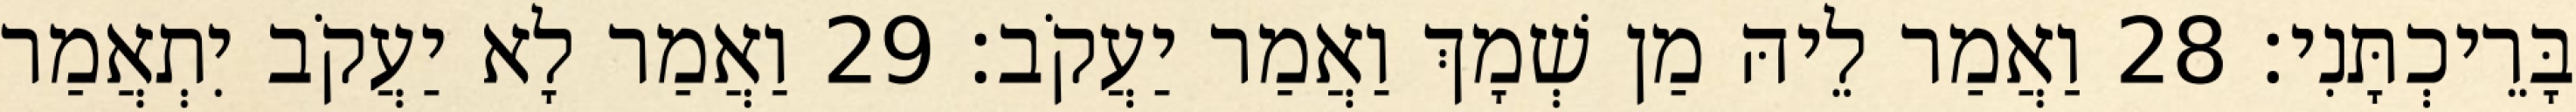
בָּרֵיכְתָּנִי׃ 28 וַאֲמַר לֵיהּ מַן שְׁמָךְ וַאֲמַר יַעֲקֹב׃ 29 וַאֲמַר לָא יַעֲקֹב יִתְאֲמַר